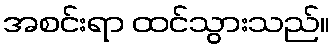
အစင်းရာ ထင်သွားသည်။